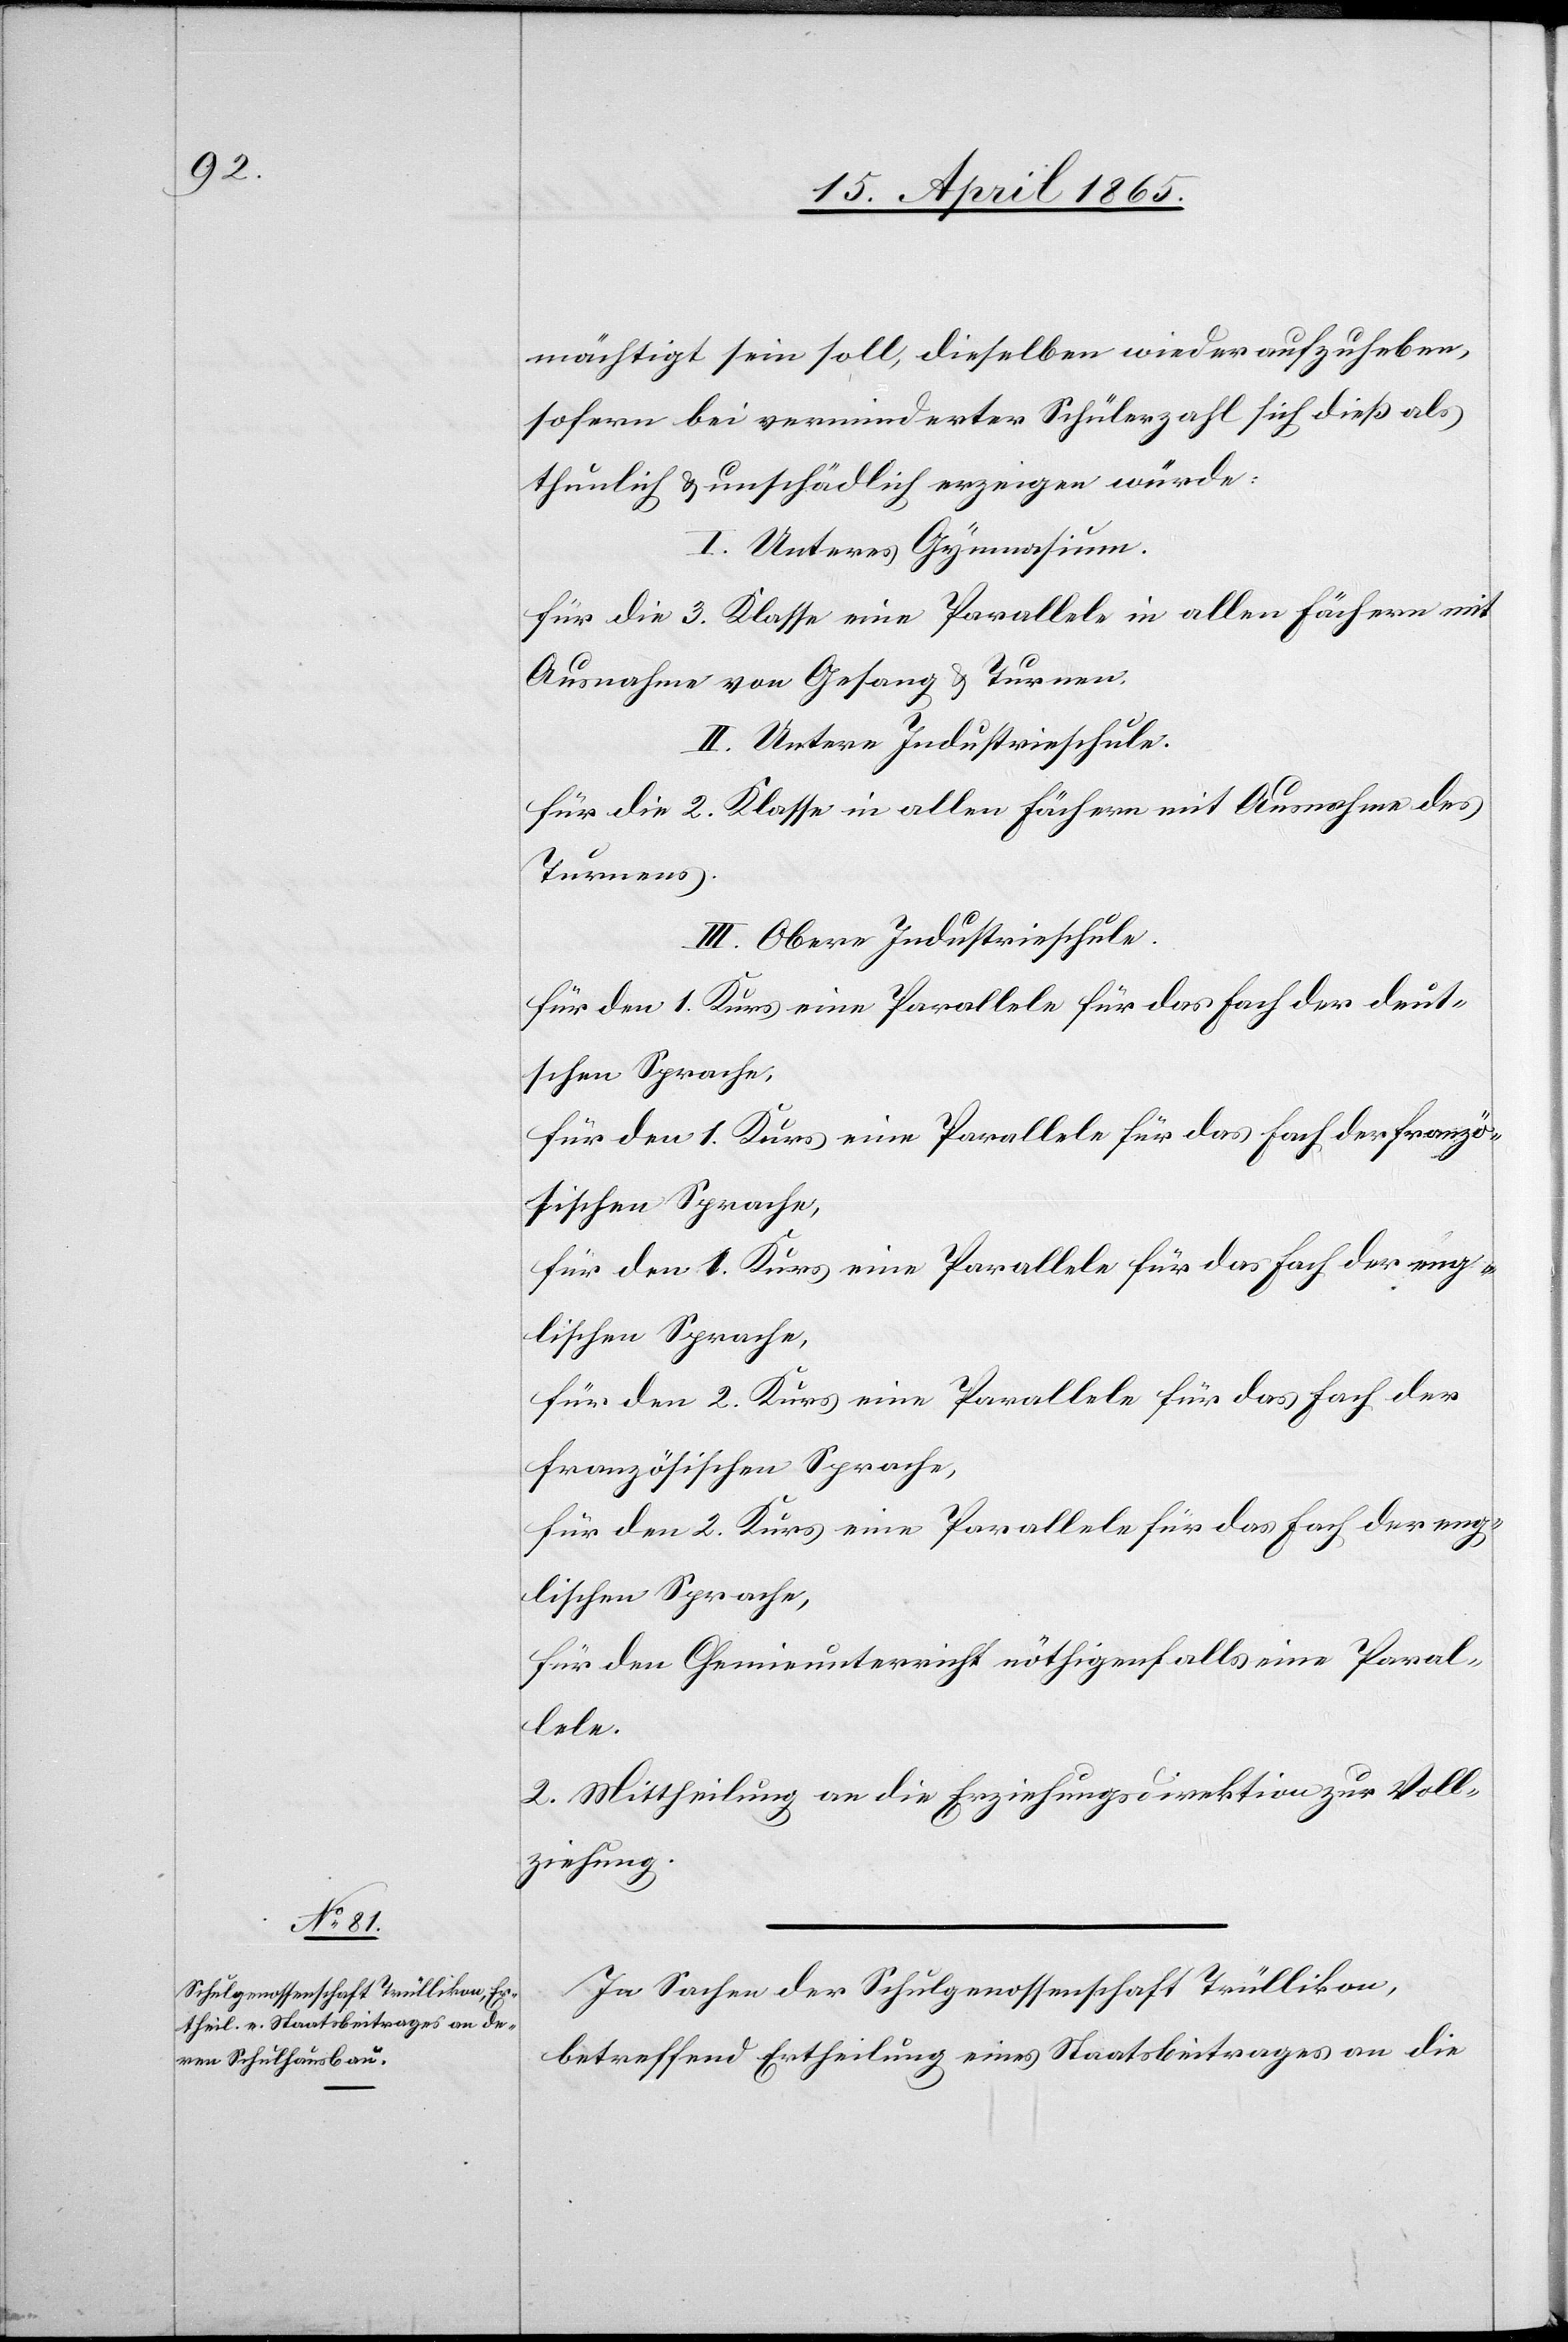
mächtigt sein soll, dieselben wieder aufzuheben,
sofern bei verminderter Schülerzahl sich dieß als
thunlich & unschädlich erzeigen würde:
I. Unteres Gymnasium.
für die 3. Klasse eine Parallele in allen Fächern mit
Ausnahme von Gesang & Turnen.
II. Untere Industrieschule.
für die 2. Klasse in allen Fächern mit Ausnahme des
Turnens.
III. Obere Industrieschule.
für den 1. Kurs eine Parallele für das Fach der deut¬
schen Sprache.
für den 1. Kurs eine Parallele für das Fach der franzö¬
sischen Sprache,
für den 1. Kurs eine Parallele für das Fach der eng¬
lischen Sprache,
für den 2. Kurs eine Parallele für das Fach der
französischen Sprache,
für den 2. Kurs eine Parallele für das Fach der eng¬
lischen Sprache,
für den Chemieunterricht nöthigenfalls eine Paral¬
lele.
2. Mittheilung an die Erziehungsdirektion zur Voll¬
ziehung.
In Sachen der Schulgenossenschaft Trüllikon,
betreffend Ertheilung eines Staatsbeitrages an die